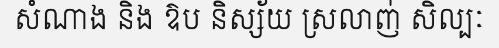
សំណាង និង ឱប និស្ស័យ ស្រលាញ់ សិល្បៈ